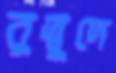
বুদ্বুদে